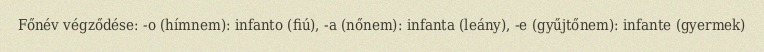
Főnév végződése: -o (hímnem): infanto (fiú), -a (nőnem): infanta (leány), -e (gyűjtőnem): infante (gyermek)